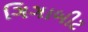
ગિગાબીટ